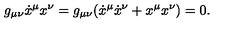
g _ { \mu \nu } \dot { x } ^ { \mu } x ^ { \nu } = g _ { \mu \nu } ( \dot { x } ^ { \mu } \dot { x } ^ { \nu } + x ^ { \mu } x ^ { \nu } ) = 0 .